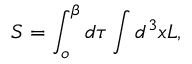
S = \int _ { o } ^ { \beta } d \tau \int d ^ { 3 } x \cal { L } ,